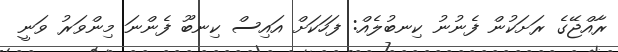
ރާއްޖޭގެ ރަށަކުން ފެނުނު ކިނބުލެއް: ފަހަކަށް އައިސް ކިނބޫ ފެންނަ މިންވަރު ވަނީ